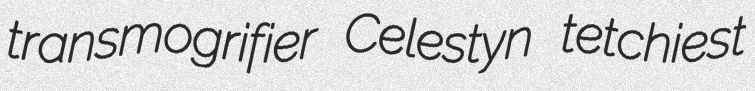
transmogrifier Celestyn tetchiest